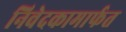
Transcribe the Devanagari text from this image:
निवेदकामार्फत